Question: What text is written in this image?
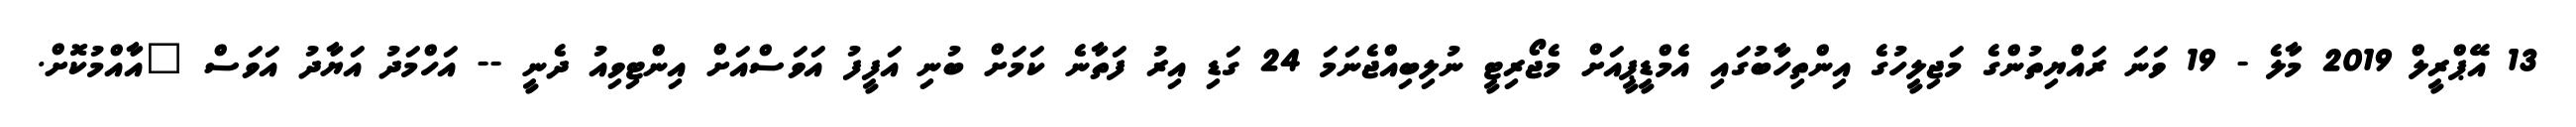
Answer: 13 އޭޕްރީލް 2019 މާލެ - 19 ވަނަ ރައްޔިތުންގެ މަޖިލީހުގެ އިންތިހާބުގައި އެމްޑީޕީއަށް މެޖޯރިޓީ ނުލިބިއްޖެނަމަ 24 ގަޑި އިރު ފަތާނެ ކަމަށް ބުނި އަފީފު އަވަސްއަށް އިންޓިވިއު ދެނީ -- އަހްމަދު އަޔާދު އަވަސް "އާއްމުކޮށް.